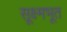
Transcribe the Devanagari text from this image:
सूक्ष्मभूत